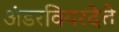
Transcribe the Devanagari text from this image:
अंडरवियरदेते